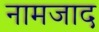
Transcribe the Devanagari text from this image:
नामजाद